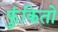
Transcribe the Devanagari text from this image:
फुंकितो